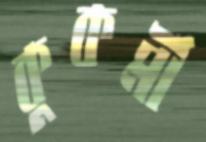
কুকর্মী